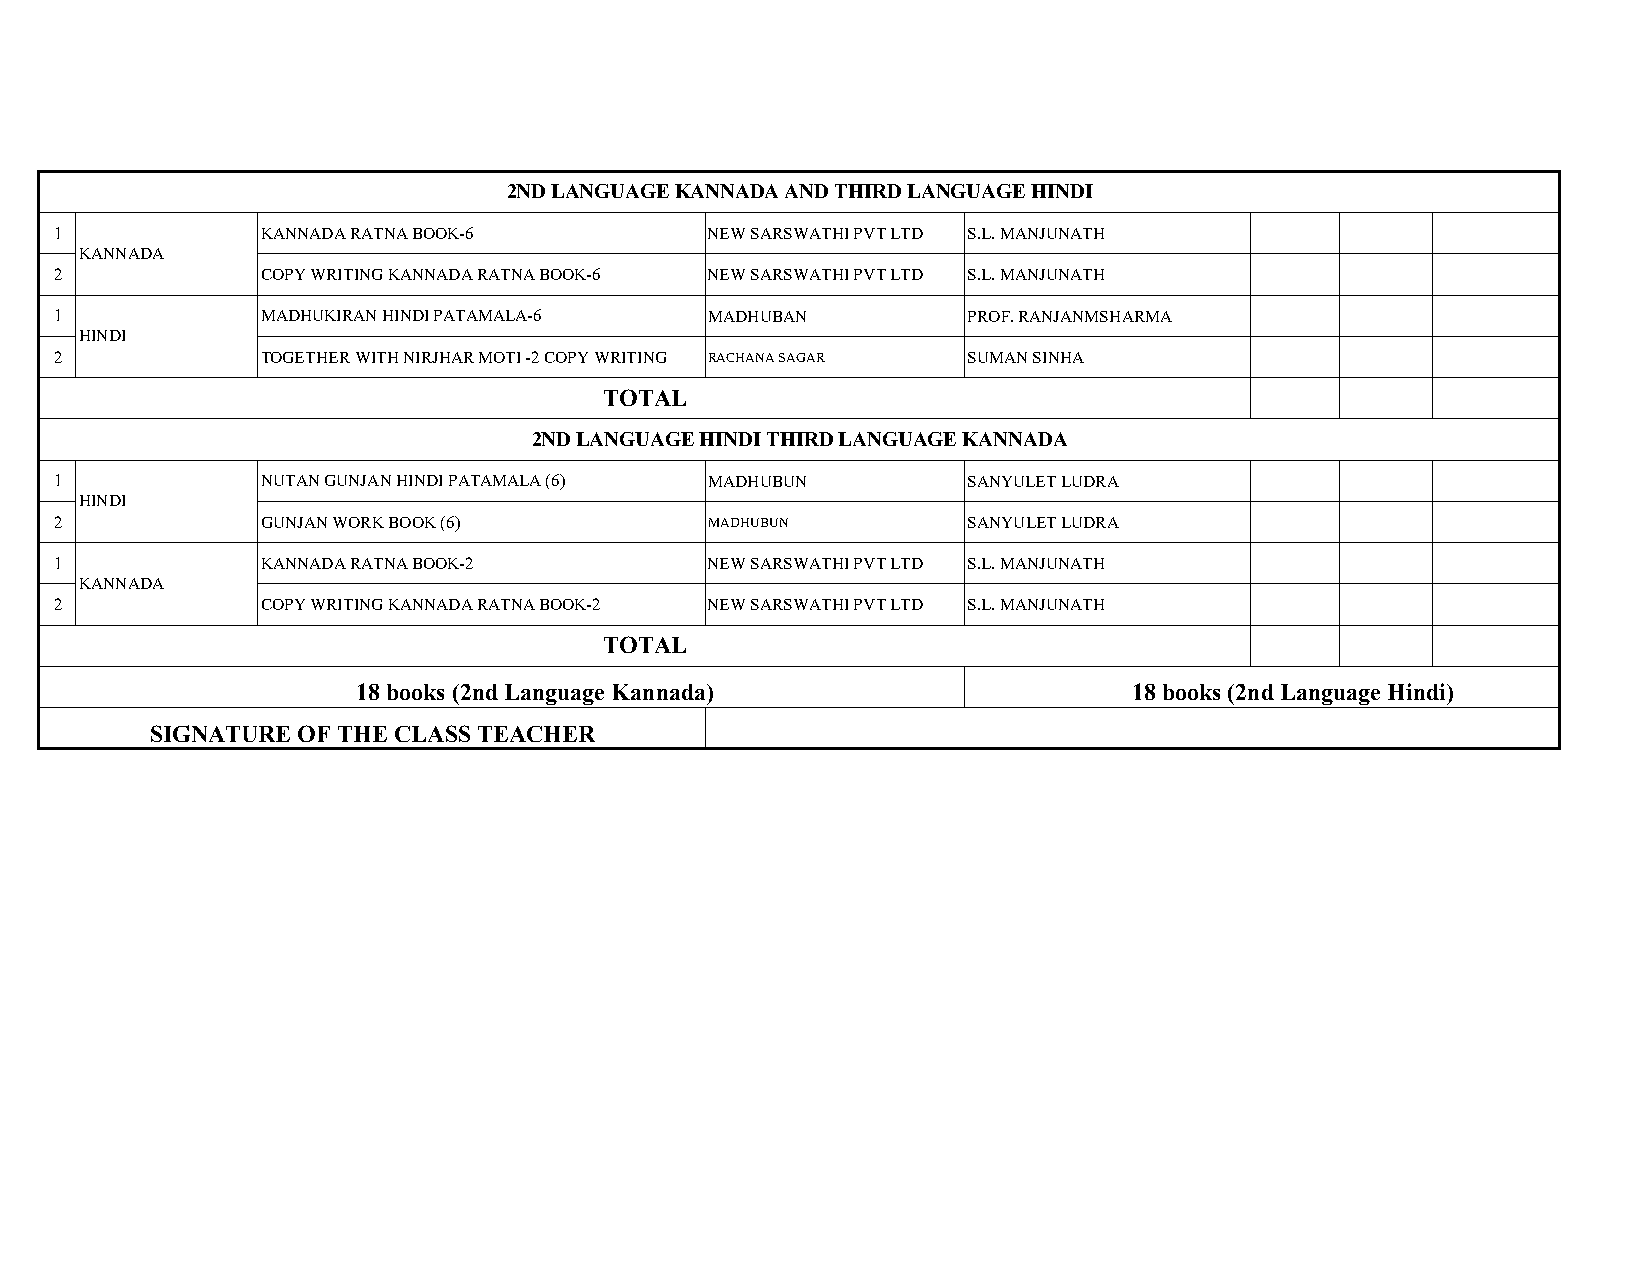
2ND LANGUAGE KANNADA AND THIRD LANGUAGE HINDI
 1            KANNADA RATNA BOOK-6          NEW SARSWATHI PVT LTD S.L. MANJUNATH
 KANNADA
 2            COPY WRITING KANNADA RATNA BOOK-6 NEW SARSWATHI PVT LTD S.L. MANJUNATH
 1            MADHUKIRAN HINDI PATAMALA-6   MADHUBAN         PROF. RANJANMSHARMA
 HINDI
 2            TOGETHER WITH NIRJHAR MOTI -2 COPY WRITING RACHANA SAGAR SUMAN SINHA
 TOTAL
 2ND LANGUAGE HINDI THIRD LANGUAGE KANNADA
 1            NUTAN GUNJAN HINDI PATAMALA (6) MADHUBUN       SANYULET LUDRA
 HINDI
 2            GUNJAN WORK BOOK (6)          MADHUBUN         SANYULET LUDRA
 1            KANNADA RATNA BOOK-2          NEW SARSWATHI PVT LTD S.L. MANJUNATH
 KANNADA
 2            COPY WRITING KANNADA RATNA BOOK-2 NEW SARSWATHI PVT LTD S.L. MANJUNATH
 TOTAL
 18 books (2nd Language Kannada)                    18 books (2nd Language Hindi)
 SIGNATURE OF THE CLASS TEACHER